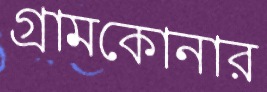
গ্রামকোনার